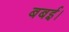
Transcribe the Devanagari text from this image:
बबई।